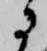
に